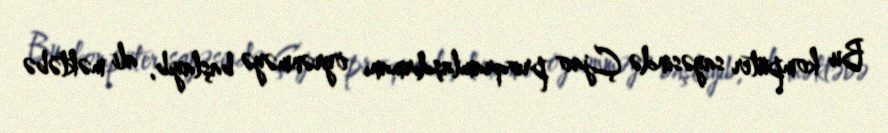
Bu kompüter sayəsində Çjao proqramlaşdırmanı öyrənməyə başlayıb, ali məktəbə